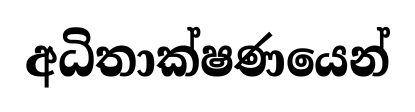
අධිතාක්ෂණයෙන්